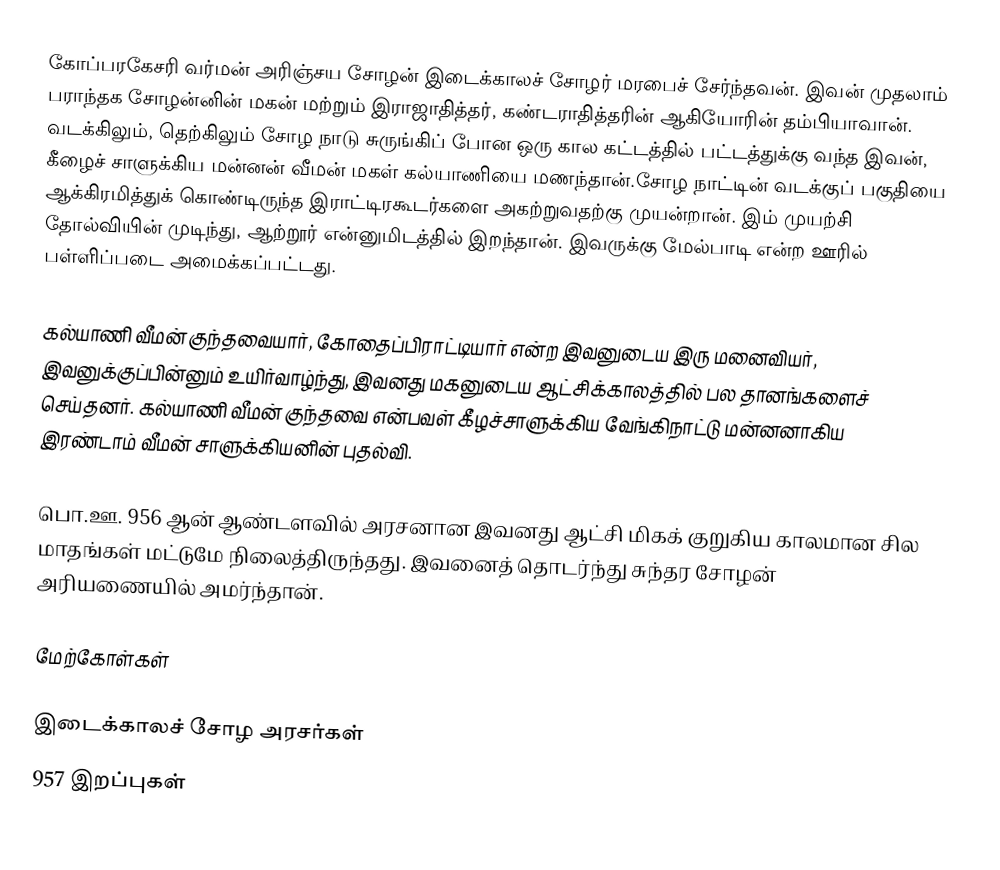
கோப்பரகேசரி வர்மன் அரிஞ்சய சோழன் இடைக்காலச் சோழர் மரபைச் சேர்ந்தவன். இவன் முதலாம் பராந்தக சோழன்னின் மகன் மற்றும் இராஜாதித்தர், கண்டராதித்தரின் ஆகியோரின் தம்பியாவான். வடக்கிலும், தெற்கிலும் சோழ நாடு சுருங்கிப் போன ஒரு கால கட்டத்தில் பட்டத்துக்கு வந்த இவன், கீழைச் சாளுக்கிய மன்னன் வீமன் மகள் கல்யாணியை மணந்தான்.சோழ நாட்டின் வடக்குப் பகுதியை ஆக்கிரமித்துக் கொண்டிருந்த இராட்டிரகூடர்களை அகற்றுவதற்கு முயன்றான். இம் முயற்சி தோல்வியின் முடிந்து, ஆற்றூர் என்னுமிடத்தில் இறந்தான். இவருக்கு மேல்பாடி என்ற ஊரில்  பள்ளிப்படை அமைக்கப்பட்டது.

கல்யாணி வீமன் குந்தவையார், கோதைப்பிராட்டியார் என்ற இவனுடைய இரு மனைவியர், இவனுக்குப்பின்னும் உயிர்வாழ்ந்து, இவனது மகனுடைய ஆட்சிக்காலத்தில் பல தானங்களைச் செய்தனர். கல்யாணி வீமன் குந்தவை என்பவள் கீழச்சாளுக்கிய வேங்கிநாட்டு மன்னனாகிய இரண்டாம் வீமன் சாளுக்கியனின் புதல்வி.

பொ.ஊ. 956 ஆன் ஆண்டளவில் அரசனான இவனது ஆட்சி மிகக் குறுகிய காலமான சில மாதங்கள் மட்டுமே நிலைத்திருந்தது. இவனைத் தொடர்ந்து சுந்தர சோழன் அரியணையில் அமர்ந்தான்.

மேற்கோள்கள்

இடைக்காலச் சோழ அரசர்கள்
957 இறப்புகள்